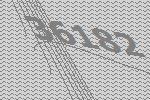
36182